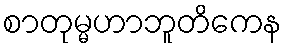
စာတုမ္မဟာဘူတိကေန